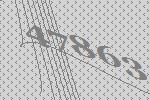
47863